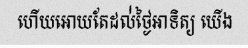
ហើយអោយតែដល់់ថ្ងៃអាទិត្យ យើង